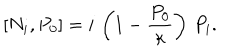
LaTeX: \left[ N _ { i } , P _ { 0 } \right] = i \, \left( 1 - { \frac { P _ { 0 } } { \kappa } } \right) \, P _ { i } .